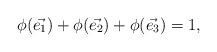
LaTeX: \begin{align*} \phi(\vec{e_1}) + \phi(\vec{e_2}) + \phi(\vec{e_3}) = 1, \end{align*}